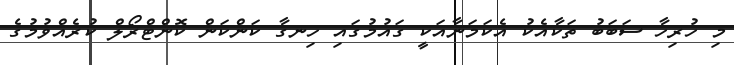
މި ހުރިހާ ސަބަބު ތަކާއެކު އެކަމަނާއަކީ ގައުމުގައި ހިނގާ ކަންކަން ކޮންޓްރޯލް ކުރެއްވުމުގެ